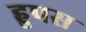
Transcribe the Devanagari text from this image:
हुपस